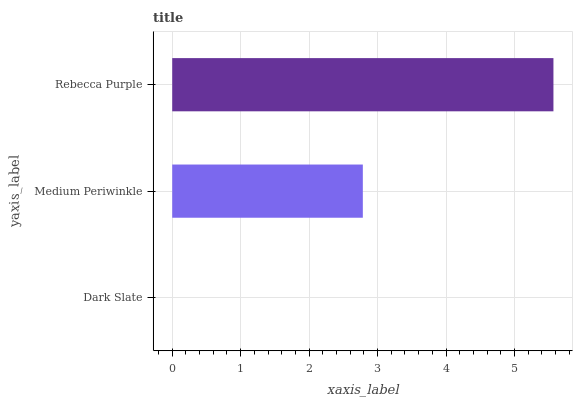
| yaxis_label | bars |
 | --- | --- |
 | Dark Slate | 0 |
 | Medium Periwinkle | 2.78 |
 | Rebecca Purple | 5.57 |